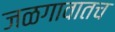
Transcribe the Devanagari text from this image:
जळगावातच